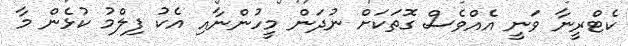
ކެޓްރީނާ ވަނީ އެއްވެސް ގޮތަކަށް ނުދަން މީހުންނާއި އެކު ފިލްމު ކުޅެން މާ